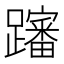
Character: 𲄎